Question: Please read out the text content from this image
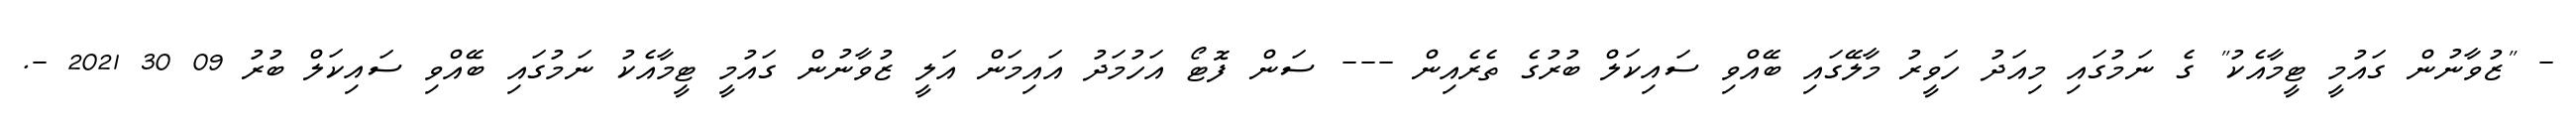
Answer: - "ޒުވާނުން ގައުމީ ޓީމާއެކު" ގެ ނަމުގައި މިއަދު ހަވީރު މާލޭގައި ބޭއްވި ސައިކަލް ބުރުގެ ތެރެއިން --- ސަން ފޮޓޯ އަހުމަދު އައިމަން އަލީ ޒުވާނުން ގައުމީ ޓީމާއެކު ނަމުގައި ބޭއްވި ސައިކަލް ބުރު 09 30 2021 -.